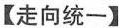
【走向统一】